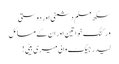
سکھ مسلم دشمنی اور دوستی
ورکنگ خواتین اور ان کے مسائل
لیدر جیکٹ والی میری بیٹی!